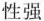
性强